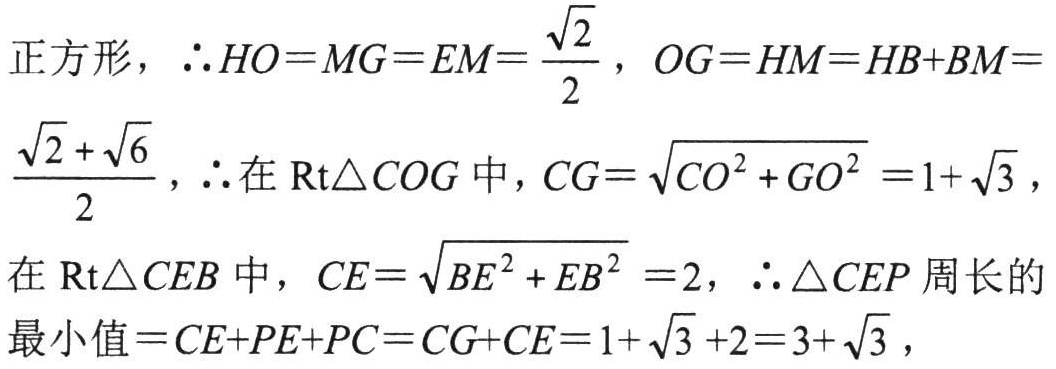
正方形，\(\therefore HO = MG = EM=\frac{\sqrt{2}}{2}\)，\(OG = HM = HB + BM = \frac{\sqrt{2}+\sqrt{6}}{2}\)，\(\therefore\)在\(\text{Rt}\triangle COG\)中，\(CG = \sqrt{CO^{2}+GO^{2}}=1+\sqrt{3}\)，

在\(\text{Rt}\triangle CEB\)中，\(CE = \sqrt{BE^{2}+EB^{2}} = 2\)，\(\therefore\triangle CEP\)周长的最小值\(=CE + PE + PC = CG + CE = 1+\sqrt{3}+2 = 3+\sqrt{3}\)，